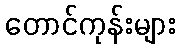
တောင်ကုန်းများ